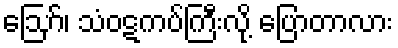
ဪ၊ သံဝဋကပ်ကြီးလို့ ပြောတာလား